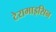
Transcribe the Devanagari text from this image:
टेरामाइसिन